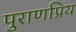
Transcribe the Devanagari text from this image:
पुराणप्रिय